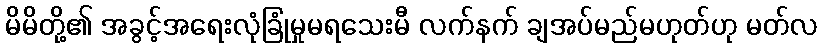
မိမိတို့၏ အခွင့်အရေးလုံခြုံမှုမရသေးမီ လက်နက် ချအပ်မည်မဟုတ်ဟု မတ်လ